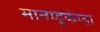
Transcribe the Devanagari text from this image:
मानाडूकांडा